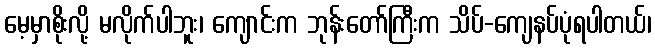
မေ့မှာစိုးလို့ မလိုက်ပါဘူး၊ ကျောင်းက ဘုန်းတော်ကြီးက သိပ်-ကျေနပ်ပုံရပါတယ်၊